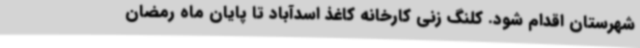
شهرستان اقدام شود. کلنگ زنی کارخانه کاغذ اسدآباد تا پایان ماه رمضان